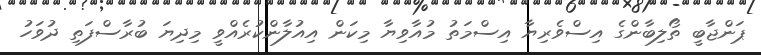
ޕަންޖާބީ ތޯލިބާންގެ އިސްވެރިޔާ އިސްމަތު މުއާވިޔާ މިކަން އިއުލާންކުރެއްވީ މިދިޔަ ބުރާސްފަތި ދުވަހު